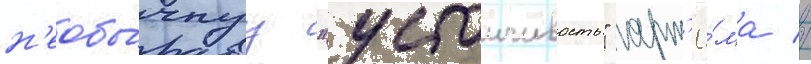
н'еобы́чнуу "устоичивость" арт'ё́ма //